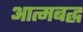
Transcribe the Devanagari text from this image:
आत्मबद्ध